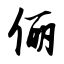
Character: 俪